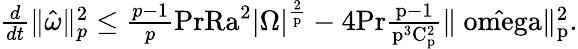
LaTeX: \begin{array}{r}{\frac{d}{dt}\| \hat{\omega}\| _{p}^{2}\leq\frac{p-1}{p}\mathrm{{Pr}\mathrm{{Ra}}^{2}|\Omega|^{\frac{2}{p}}-4\mathrm{{Pr}\frac{p-1}{p^{3}C_{p}^{2}}\| \hat{\ omega}\| _{p}^{2}.}}}\end{array}